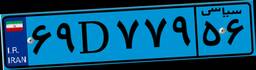
۶۹D۷۷۹۵۶